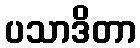
ပသာဒိတာ